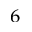
_ 6